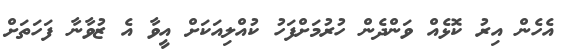
އެހެން އިރު ކޮޅެއް ވަންދެން ހުރުމަށްފަހު ކުއްލިއަކަށް އީވާ އެ ޒުވާނާ ފަހަތަށް